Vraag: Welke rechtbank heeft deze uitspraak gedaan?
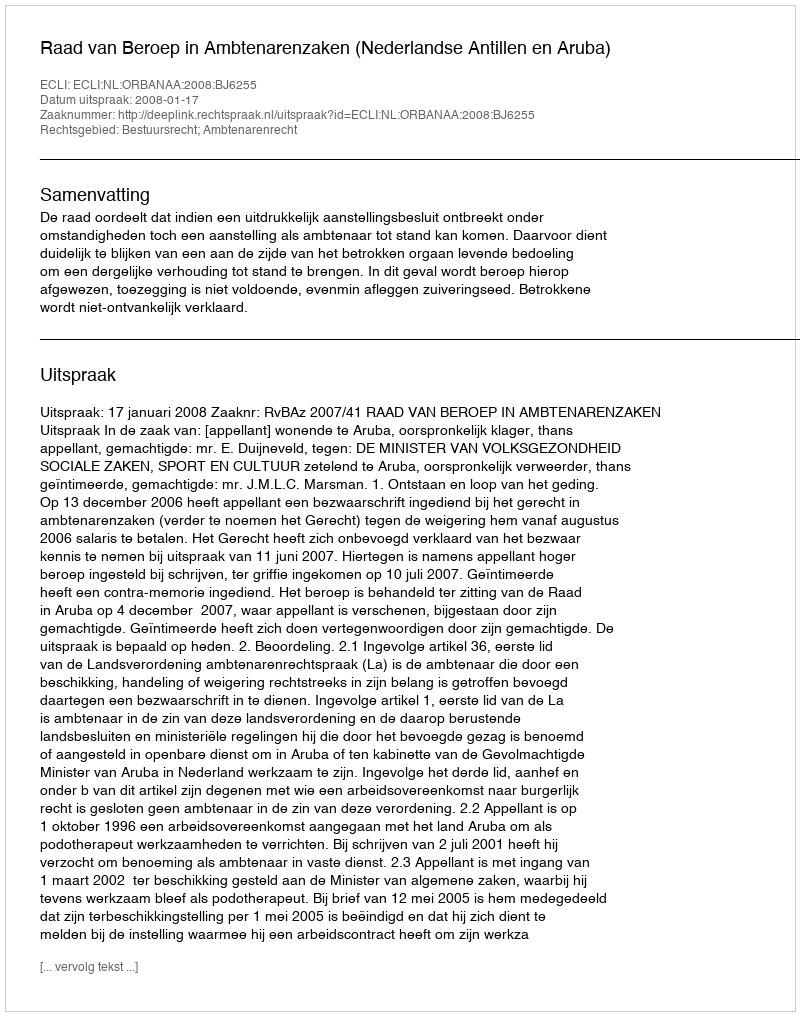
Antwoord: Raad van Beroep in Ambtenarenzaken (Nederlandse Antillen en Aruba)